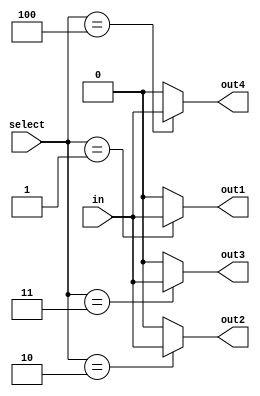
module demux (
    input wire [2:0] select,
    input wire in,
    output wire out1,
    output wire out2,
    output wire out3,
    output wire out4
);

assign out1 = (select == 3'b001) ? in : 1'b0;
assign out2 = (select == 3'b010) ? in : 1'b0;
assign out3 = (select == 3'b011) ? in : 1'b0;
assign out4 = (select == 3'b100) ? in : 1'b0;

endmodule